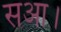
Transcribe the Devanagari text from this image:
सआ।